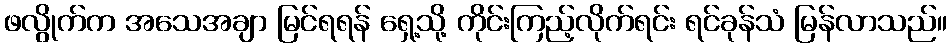
ဖလွိုက်က အသေအချာ မြင်ရရန် ရှေ့သို့ ကိုင်းကြည့်လိုက်ရင်း ရင်ခုန်သံ မြန်လာသည်။